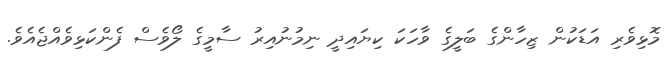
މޮޅިވެރި އަޑަކުން ޒިހާންގެ ބަލީގެ ވާހަކަ ކިޔައިދީ ނިމުނުއިރު ސާމީގެ ލޯވެސް ފެންކަޅިވެއްޖެއެވެ.